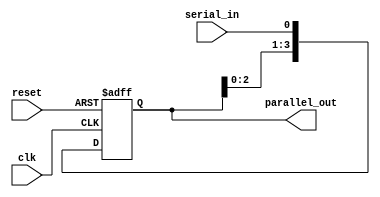
module sipo_shift_register(
    input wire clk,       // Clock input
    input wire reset,     // Reset input
    input wire serial_in, // Serial input
    output reg [3:0] parallel_out  // 4-bit Parallel output
);

    reg [3:0] register;

    always @(posedge clk or posedge reset) begin
        if (reset) begin  // Reset condition
            register <= 4'b0000;
        end else begin
            register <= {register[2:0], serial_in};  // Shift register operation
        end
    end

    assign parallel_out = register;  // Output parallel data

endmodule